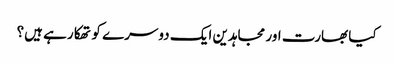
کیا بھارت اور مجاہدین ایک دوسرے کو تھکا رہے ہیں؟